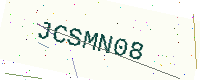
Text: JCSMN08